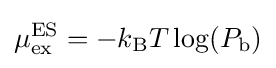
\mu _{\rm {ex}}^{\rm {ES}}=-k_{\rm {B}}T\log(P_{\rm {b}})